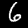
Label: 6